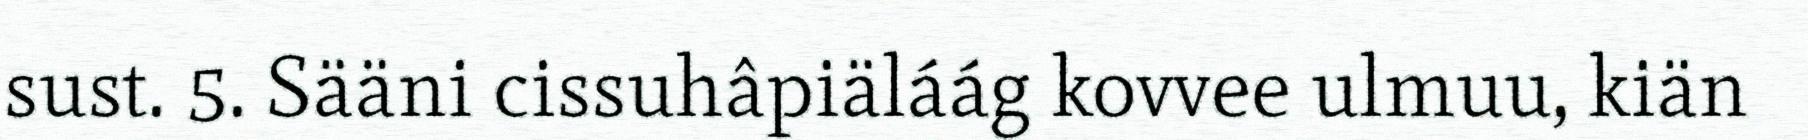
sust. 5. Sääni cissuhâpiäláág kovvee ulmuu, kiän